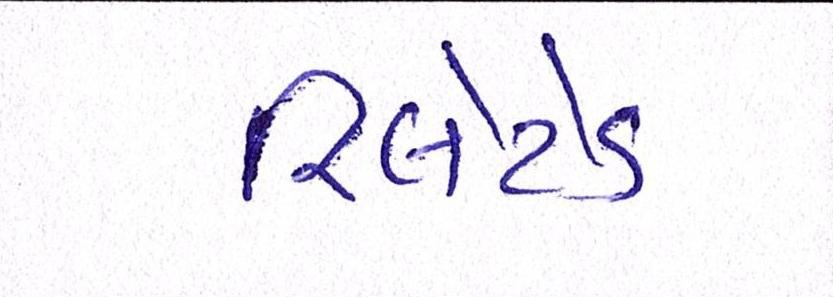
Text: રિલેટેડ